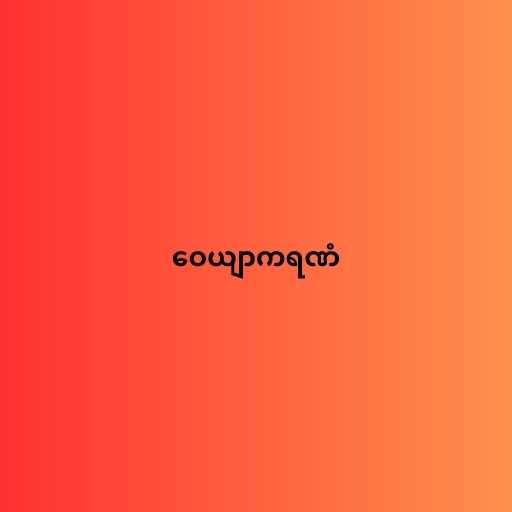
ဝေယျာကရဏံ